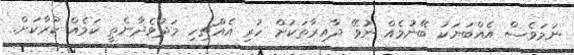
ނަމަވެސް އެއްބަޔަކު ބޭނުމެއް ނުވޭ ދާއިރާތަކަށް ހުރި އެއްޗިހި މަދުވެދާނެތީ ކަމެއް ކުރާކަށް.